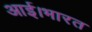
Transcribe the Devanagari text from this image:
आई।भारत